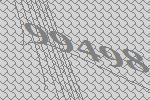
99498